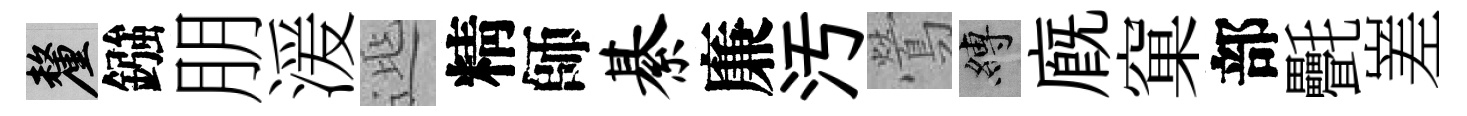
厘鏹朋湲𨓱精師綦廉汚鶯縛廐窠部㲲嵳